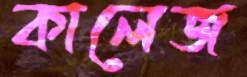
কালেজ